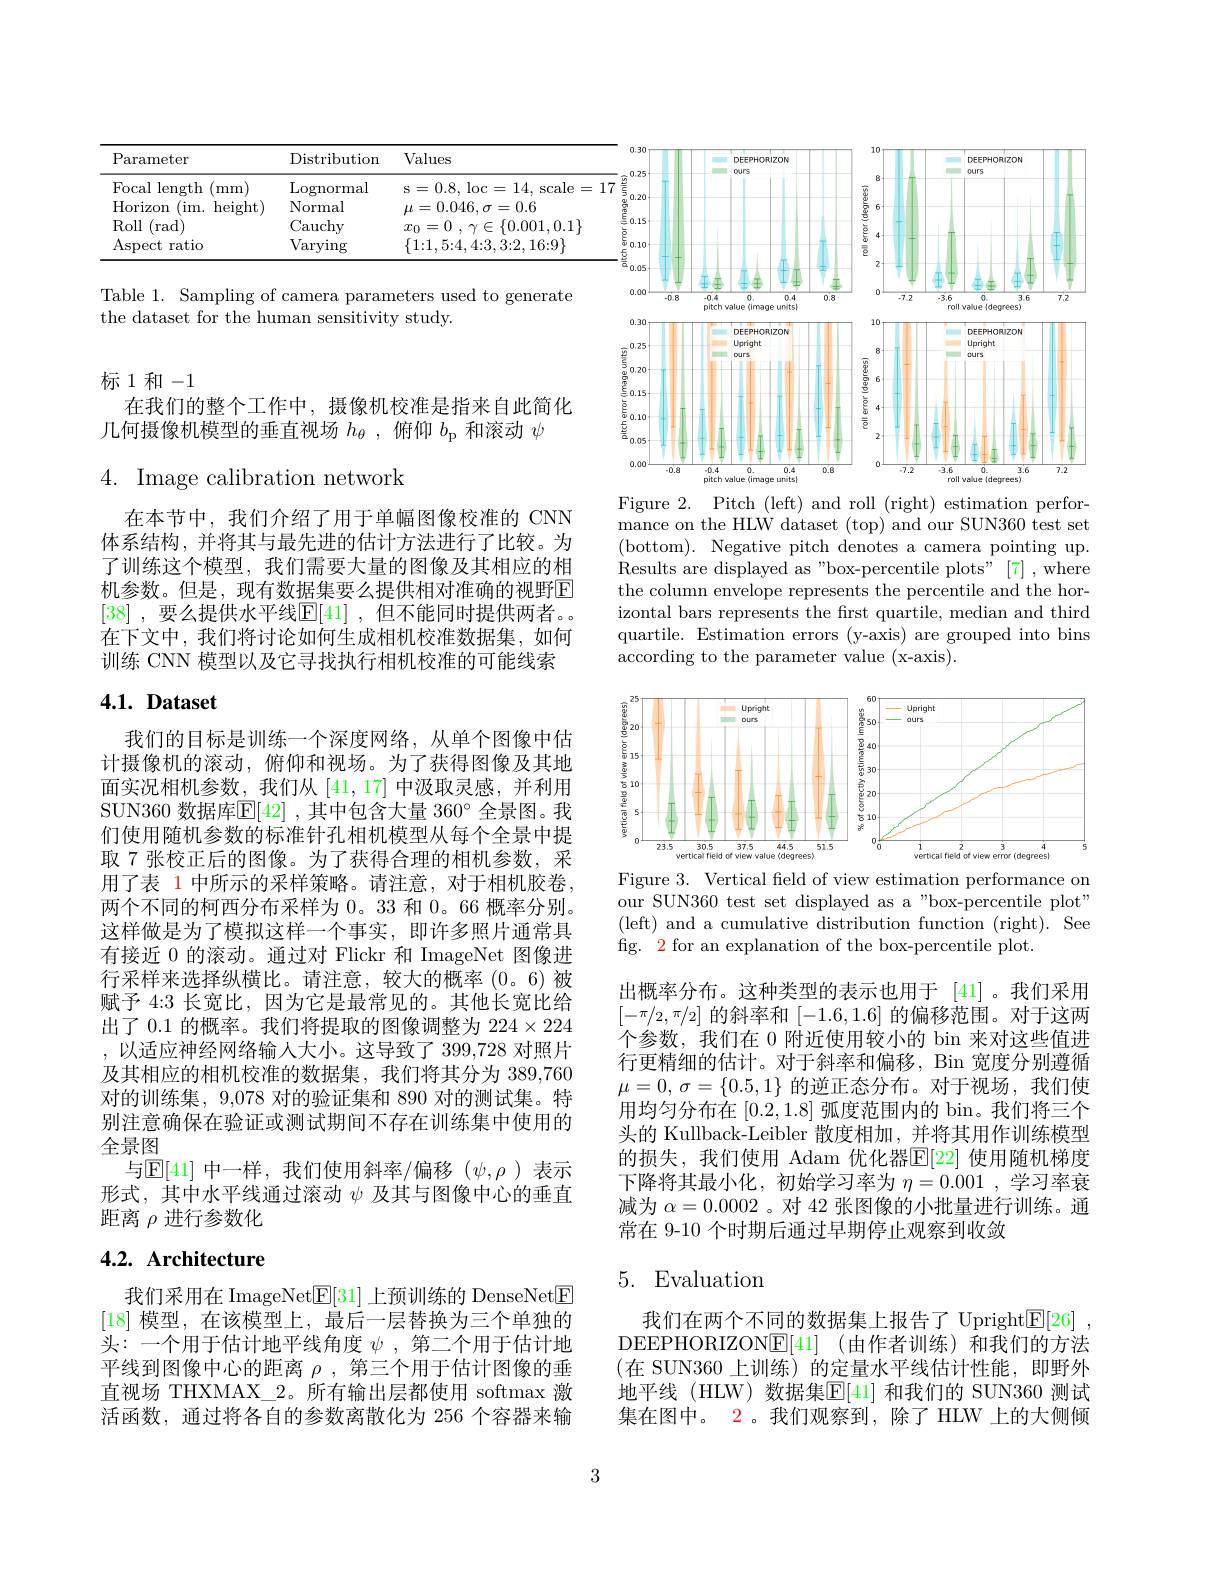
Distribution Values

Parameter

${\mathrm{s=0.8,~loc=14,~scale=17}}$

${{\mathrm{Lognormal}}}$

Focal length (mm)

Horizon (im. height)

Normal

$\mu=0.046,\sigma=0.6$

$\operatorname{Roll}($rad)

Cauchy

$\begin{array}{l}x_0=0\:,\:\gamma\in\{0.001,0.1\}\\\{1{:}1,5{:}4,4{:}3,3{:}2{,}16{:}9\}\end{array}$

Varying

Aspect ratio

$\{1{:}1,5{:}4,4{:}3,3{:}2,16{:}9\}$

Table 1. Sampling of camera parameters used to generate
the dataset for the human sensitivity study.

标 1 和-1
在我们的整个工作中，摄像机校准是指来自此简化

几何摄像机模型的垂直视场$h_\theta$,俯仰$b_\mathrm{p}$和滚动$\psi$

# 4. Image calibration network

在本节中，我们介绍了用于单幅图像校准的 CNN 体系结构，并将其与最先进的估计方法进行了比较。为了训练这个模型，我们需要大量的图像及其相应的相机参数。但是，现有数据集要么提供相对准确的视野$\overline{\mathrm{E}}$ [38] ,要么提供水平线$\mathbb{E}[41]$ ,但不能同时提供两者。在下文中，我们将讨论如何生成相机校准数据集，如何训练 CNN 模型以及它寻找执行相机校准的可能线索

# 4.1. Dataset

我们的目标是训练一个深度网络，从单个图像中估计摄像机的滚动，俯仰和视场。为了获得图像及其地面实况相机参数，我们从[41,17]中汲取灵感，并利用SUN360 数据库$\mathbb{E}[42]$ ,其中包含大量 360° 全景图。我们使用随机参数的标准针孔相机模型从每个全景中提取 7 张校正后的图像。为了获得合理的相机参数，采用了表 1 中所示的采样策略。请注意，对于相机胶卷， 两个不同的柯西分布采样为0。33 和0。66 概率分别。这样做是为了模拟这样一个事实，即许多照片通常具有接近 0 的滚动。通过对 Flickr 和 ImageNet 图像进行采样来选择纵横比。请注意，较大的概率(0。6)被赋予 4:3 长宽比，因为它是最常见的。其他长宽比给出了 0.1 的概率。我们将提取的图像调整为$224\times224$ ,以适应神经网络输人大小。这导致了 399,728 对照片及其相应的相机校准的数据集，我们将其分为 389,760对的训练集，9,078 对的验证集和 890 对的测试集。特别注意确保在验证或测试期间不存在训练集中使用的全景图
与$\mathbb{E}[41]$中一样，我们使用斜率/偏移$(\psi,\rho)$表示形式，其中水平线通过滚动$\psi$及其与图像中心的垂直距离$\rho$进行参数化

# 4.2. Architecture

我们采用在 ImageNet$\mathbb{E}[31]$上预训练的 DenseNet$\mathbb{E}$ [18]模型，在该模型上，最后一层替换为三个单独的头：一个用于估计地平线角度$\psi$,第二个用于估计地平线到图像中心的距离$\rho$,第三个用于估计图像的垂直视场 THXMAX\_2。所有输出层都使用 softmax 激活函数，通过将各自的参数离散化为 256 个容器来输

3

<FigureHere>
Figure 2. Pitch (left) and roll (right) estimation perfor-

mance on the HLW dataset (top) and our SUN360 test set ( bottom) . Negative pitch denotes a camera pointing up. Results are displayed as " box- percentile plots" [ 7] , where the column envelope represents the percentile and the horizontal bars represents the frst quartile, median and third quartile. Estimation errors (y-axis) are grouped into bins according to the parameter value (x-axis).

<FigureHere>
Figure 3. Vertical feld of view estimation performance on

our SUN360 test set displayed as a"box-percentile plot" (left) and a cumulative distribution function (right). See fig. 2 for an explanation of the box-percentile plot.

出概率分布。这种类型的表示也用于 [41]。我们采用$[-\pi/2,\pi/2]$的斜率和[-1.6,1.6]的偏移范围。对于这两个参数，我们在0附近使用较小的 bin 来对这些值进行更精细的估计。对于斜率和偏移，Bin 宽度分别遵循$\mu = 0$, $\sigma = \{ 0. 5, 1\}$的逆正态分布。对于视场，我们使用均匀分布在[0.2,1.8]弧度范围内的 bin。我们将三个头的 Kullback-Leibler 散度相加，并将其用作训练模型的损失，我们使用 Adam 优化器$\mathbb{E}[22]$ 使用随机梯度下降将其最小化，初始学习率为$\eta=0.001$ ,学习率衰减为$\alpha=0.0002$ 。对 42 张图像的小批量进行训练。通常在 9-10 个时期后通过早期停止观察到收敛

# 5. Evaluation

我们在两个不同的数据集上报告了 Upright$\underline {\mathrm{E} }[ 26]$ , DEEPHORIZON$\underline {\mathbb{E} }[ 41]$ (由作者训练)和我们的方法(在 SUN360 上训练)的定量水平线估计性能，即野外地平线 (HLW) 数据集$\overline{\mathbb{E}}[41]$ 和我们的 SUN360 测试集在图中。2 。我们观察到，除了 HLW 上的大侧倾